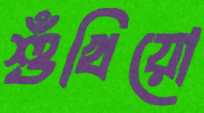
শুঁখিয়ো